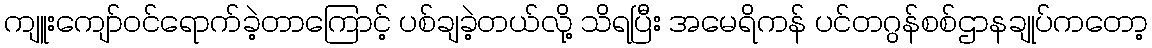
ကျူးကျော်ဝင်ရောက်ခဲ့တာကြောင့် ပစ်ချခဲ့တယ်လို့ သိရပြီး အမေရိကန် ပင်တဂွန်စစ်ဌာနချုပ်ကတော့